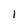
Character: 1